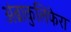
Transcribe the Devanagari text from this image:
अंब्राकुलिफेरा